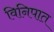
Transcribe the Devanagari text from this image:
विनिपात